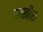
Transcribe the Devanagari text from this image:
राखीश